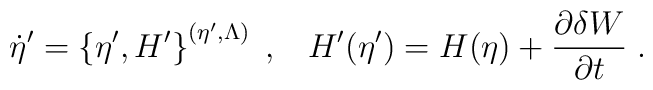
\dot{\eta}'=\left\{\eta',H'\right\}^{(\eta',\Lambda)}\;,\;\;\;H'(\eta')=H(\eta)+\frac{\partial \delta W}{\partial t}\;.